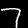
Digit: 7